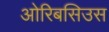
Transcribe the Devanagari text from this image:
ओरिबसिउस